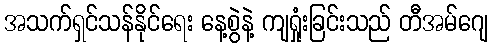
အသက်ရှင်သန်နိုင်ရေး နေ့စွဲနဲ့ ကျရှုံးခြင်းသည် တီအမ်ဂျေ